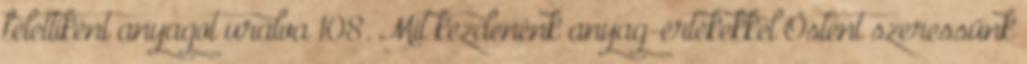
felettiként anyagot uralva 108. Mit kezdenénk anyag-értékekkel Őstent szeressünk